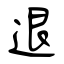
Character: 退